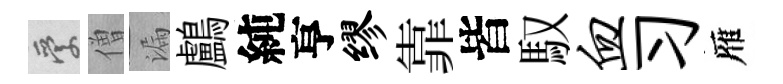
愛僧漏鸕純亨缪靠皆馭血习雁